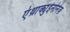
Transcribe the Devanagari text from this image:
एंथ्राक्युईनोनेज़